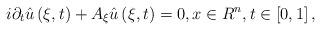
LaTeX: \begin{align*}i\partial _{t}\hat{u}\left( \xi ,t\right) +A_{\xi }\hat{u}\left( \xi,t\right) =0,x\in R^{n},t\in \left[ 0,1\right] , \end{align*}